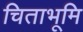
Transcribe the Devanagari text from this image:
चिताभूमि